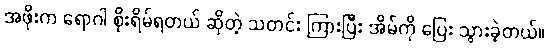
အဖိုးက ရောဂါ စိုးရိမ်ရတယ် ဆိုတဲ့ သတင်း ကြားပြီး အိမ်ကို ပြေး သွားခဲ့တယ်။